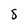
Character: S